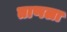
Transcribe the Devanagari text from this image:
ताणला